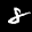
Label: 8